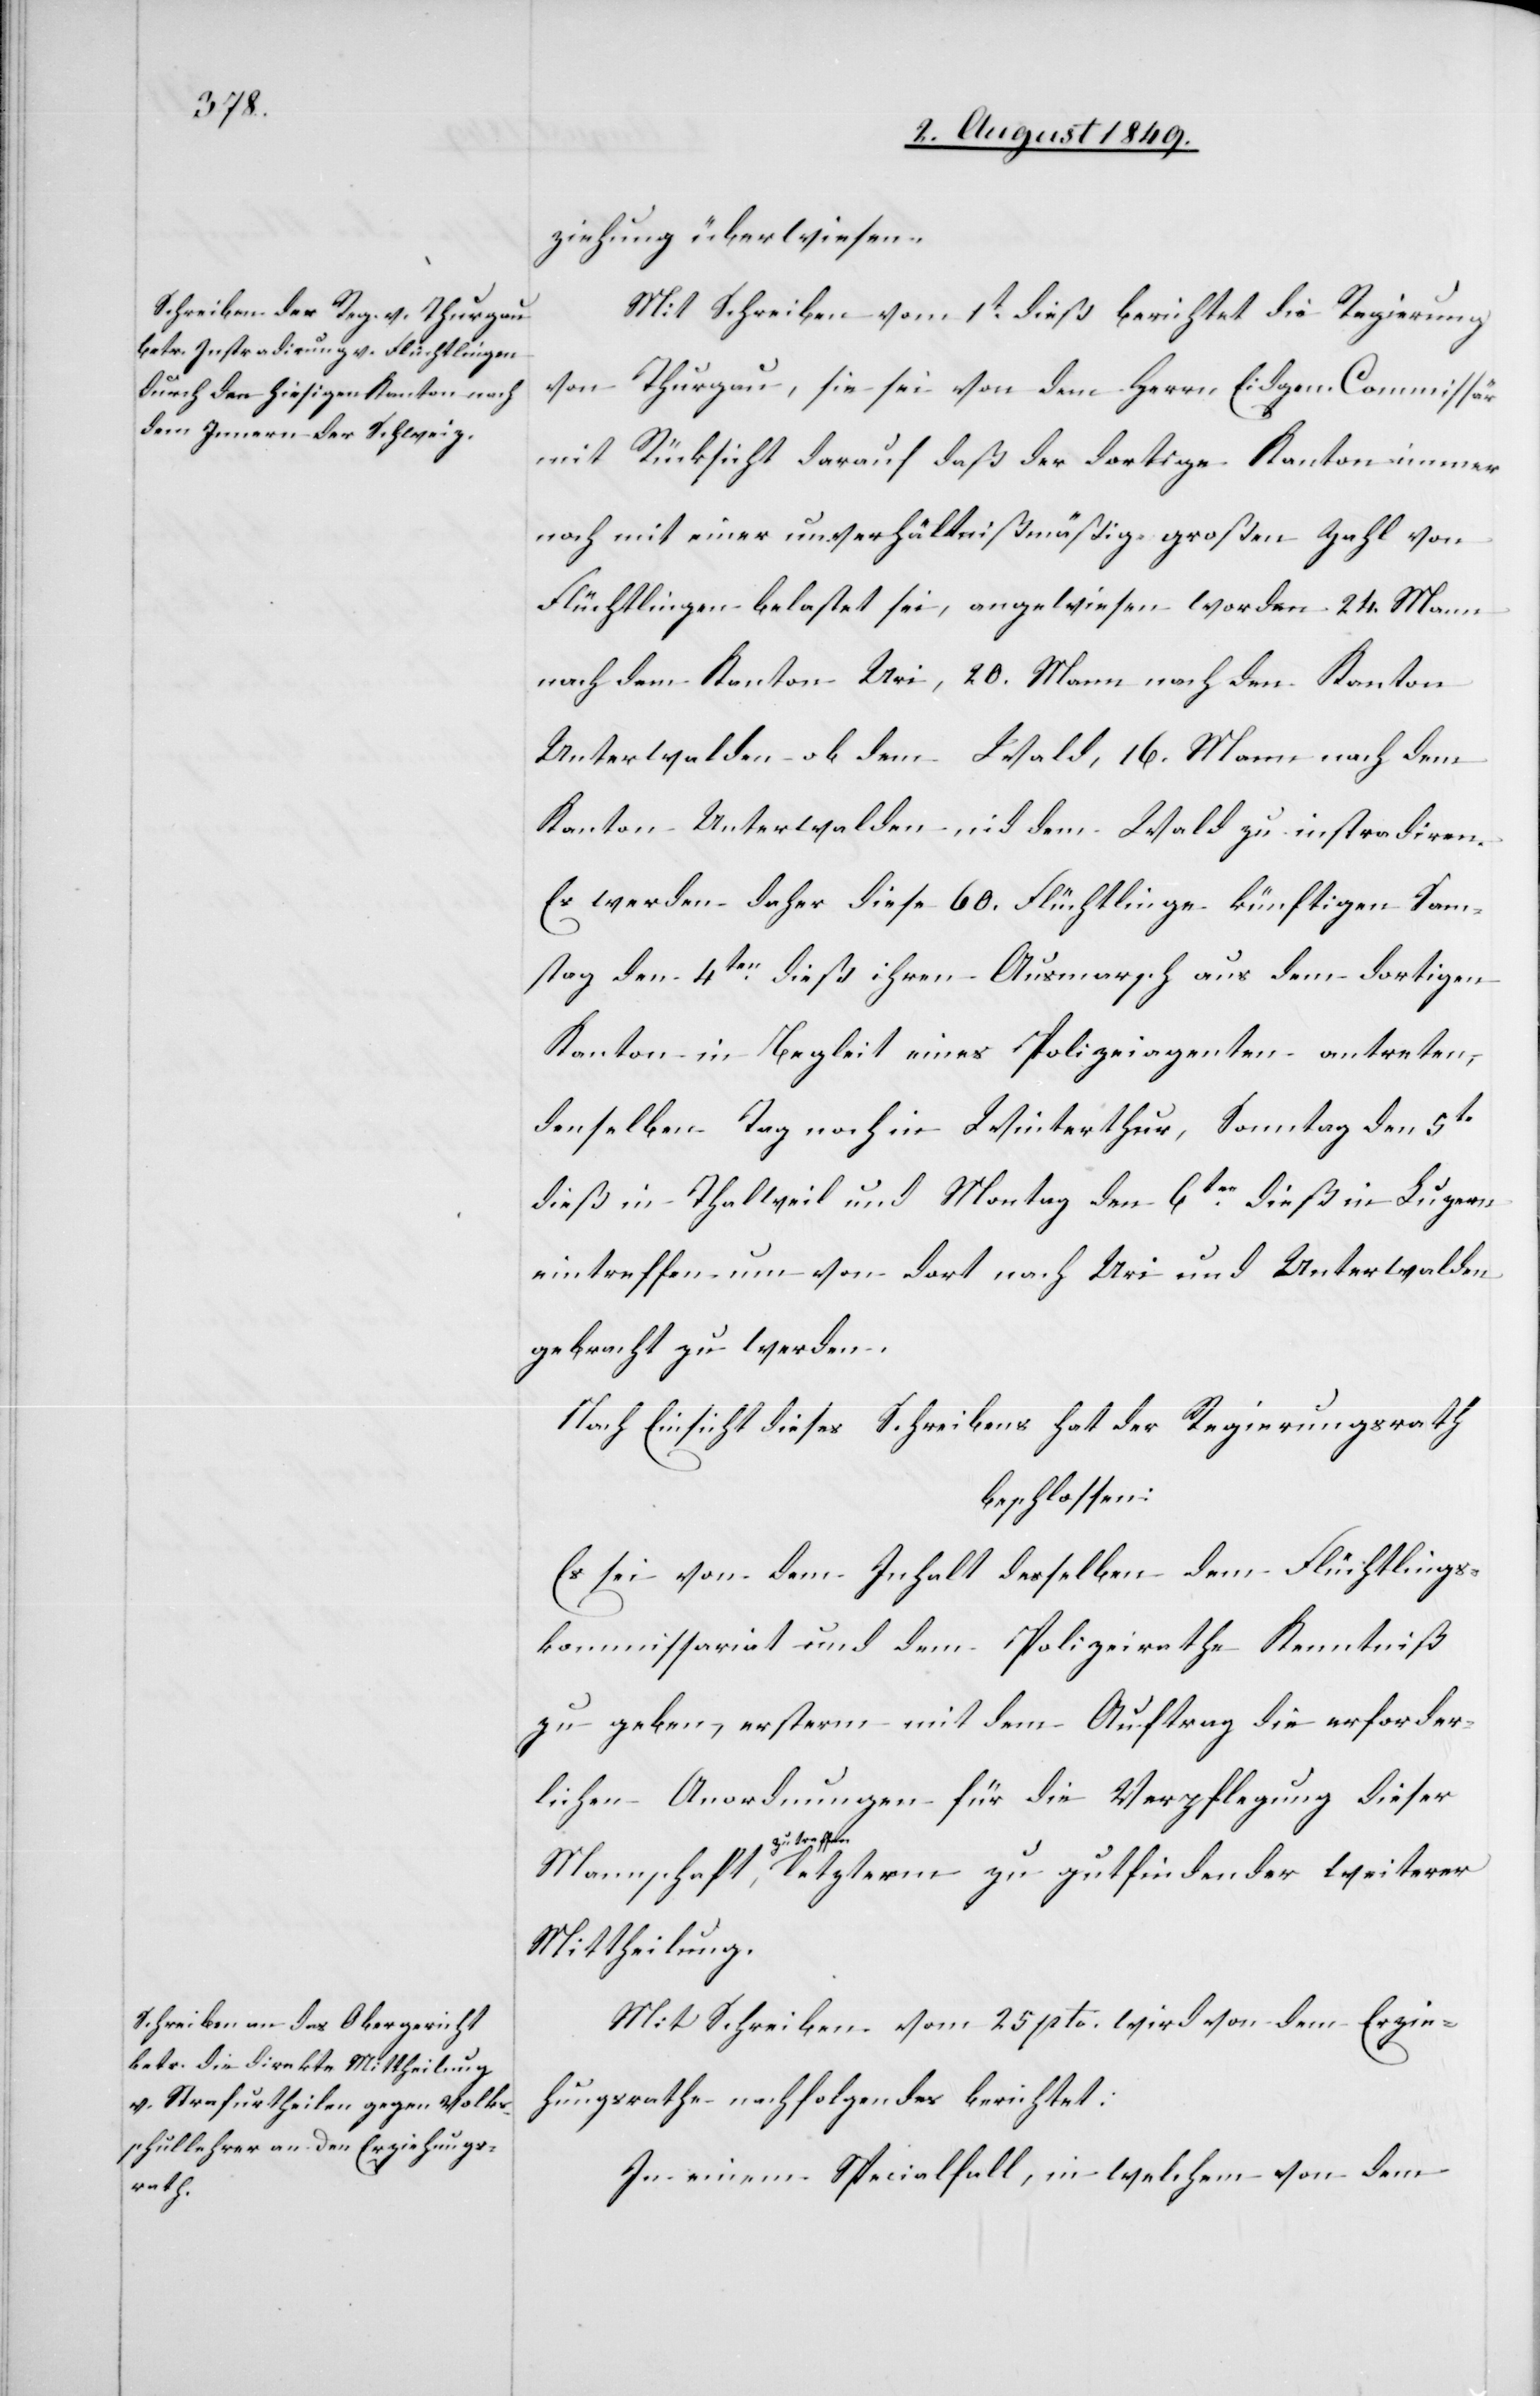
ziehung überwiesen.
Mit Schreiben vom 1t dieß berichtet die Regierung
von Thurgau, sie sei von dem Herrn Eidgen. Commissär
mit Rücksicht darauf daß der dortige Kanton immer
noch mit einer unverhältnißmäßig großen Zahl von
Flüchtlingen belastet sei, angewiesen worden 24. Mann
nach dem Kanton Uri, 20. Mann nach dem Kanton
Unterwalden ob dem Wald, 16. Mann nach dem
Kanton Unterwalden nid dem Wald zu instradiren.
Es werden daher diese 60. Flüchtlinge künftigen Son¬
ntag den 4ten dieß ihren Ausmarsch aus dem dortigen
Kanton in Begleit eines Polizeiagenten antreten,
denselben Tag noch in Winterthur, Sonntag den 5t
dieß in Thalweil und Montag den 6ten dieß in Luzern
eintreffen um von dort nach Uri und Unterwalden
gebracht zu werden.
Nach Einsicht dieses Schreibens hat der Regierungsrath
beschlossen:
Es sei von dem Inhalt derselben dem Flüchtlings¬
kommissariat und dem Polizeirathe Kenntniß
zu geben, ersterm mit dem Auftrag die erforder¬
lichen Anordnungen für die Verpflegung dieser
a-zu treffen-a,
Mittheilung.
Mit Schreiben vom 25 pto. wird von dem Erzie¬
hungsrathe nachfolgendes berichtet:
In einem Specialfall, in welchem von dem